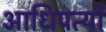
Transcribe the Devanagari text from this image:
आधिपत्यों